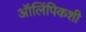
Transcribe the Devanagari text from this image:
ऑलिंपिकशी